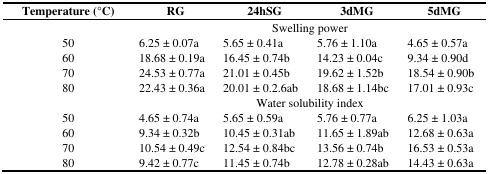
<table><thead><tr><td><b>Temperature (°C)</b></td><td><b>RG</b></td><td><b>24hSG</b></td><td><b>3dMG</b></td><td><b>5dMG</b></td></tr></thead><tbody><tr><td colspan="5">Swelling power</td></tr><tr><td>50</td><td>6.25 ± 0.07a</td><td>5.65 ± 0.41a</td><td>5.76 ± 1.10a</td><td>4.65 ± 0.57a</td></tr><tr><td>60</td><td>18.68 ± 0.19a</td><td>16.45 ± 0.74b</td><td>14.23 ± 0.04c</td><td>9.34 ± 0.90d</td></tr><tr><td>70</td><td>24.53 ± 0.77a</td><td>21.01 ± 0.45b</td><td>19.62 ± 1.52b</td><td>18.54 ± 0.90b</td></tr><tr><td>80</td><td>22.43 ± 0.36a</td><td>20.01 ± 0.2.6ab</td><td>18.68 ± 1.14bc</td><td>17.01 ± 0.93c</td></tr><tr><td colspan="5">Water solubility index</td></tr><tr><td>50</td><td>4.65 ± 0.74a</td><td>5.65 ± 0.59a</td><td>5.76 ± 0.77a</td><td>6.25 ± 1.03a</td></tr><tr><td>60</td><td>9.34 ± 0.32b</td><td>10.45 ± 0.31ab</td><td>11.65 ± 1.89ab</td><td>12.68 ± 0.63a</td></tr><tr><td>70</td><td>10.54 ± 0.49c</td><td>12.54 ± 0.84bc</td><td>13.56 ± 0.74b</td><td>16.53 ± 0.53a</td></tr><tr><td>80</td><td>9.42 ± 0.77c</td><td>11.45 ± 0.74b</td><td>12.78 ± 0.28ab</td><td>14.43 ± 0.63a</td></tr></tbody></table>